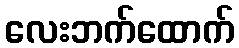
လေးဘက်ထောက်